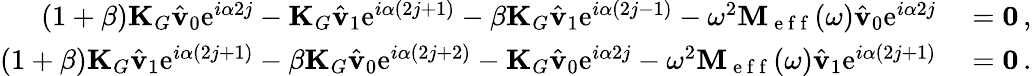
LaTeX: \begin{array}{rl}{(1+\beta)\mathbf{K}_{G}\hat{\mathbf{v}}_{0}\mathrm{e}^{i\alpha 2j}-\mathbf{K}_{G}\hat{\mathbf{v}}_{1}\mathrm{e}^{i\alpha(2j+1)}-\beta\mathbf{K}_{G}\hat{\mathbf{v}}_{1}\mathrm{e}^{i\alpha(2j-1)}-\omega^{2}\mathbf{M}_{\mathrm{~e~f~f~}}(\omega)\hat{\mathbf{v}}_{0}\mathrm{e}^{i\alpha 2j}}&{{}=\mathbf{0}\, ,}\\ {(1+\beta)\mathbf{K}_{G}\hat{\mathbf{v}}_{1}\mathrm{e}^{i\alpha(2j+1)}-\beta\mathbf{K}_{G}\hat{\mathbf{v}}_{0}\mathrm{e}^{i\alpha(2j+2)}-\mathbf{K}_{G}\hat{\mathbf{v}}_{0}\mathrm{e}^{i\alpha 2j}-\omega^{2}\mathbf{M}_{\mathrm{~e~f~f~}}(\omega)\hat{\mathbf{v}}_{1}\mathrm{e}^{i\alpha(2j+1)}}&{{}=\mathbf{0}\, .}\end{array}